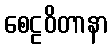
စေဠဝိတာနာ